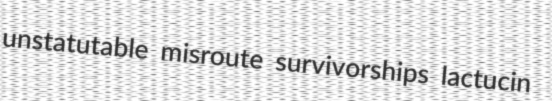
unstatutable misroute survivorships lactucin